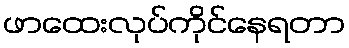
ဖာထေးလုပ်ကိုင်နေရတာ